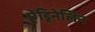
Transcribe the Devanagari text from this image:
ऐड्रिनेलिन